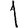
Digit: 1